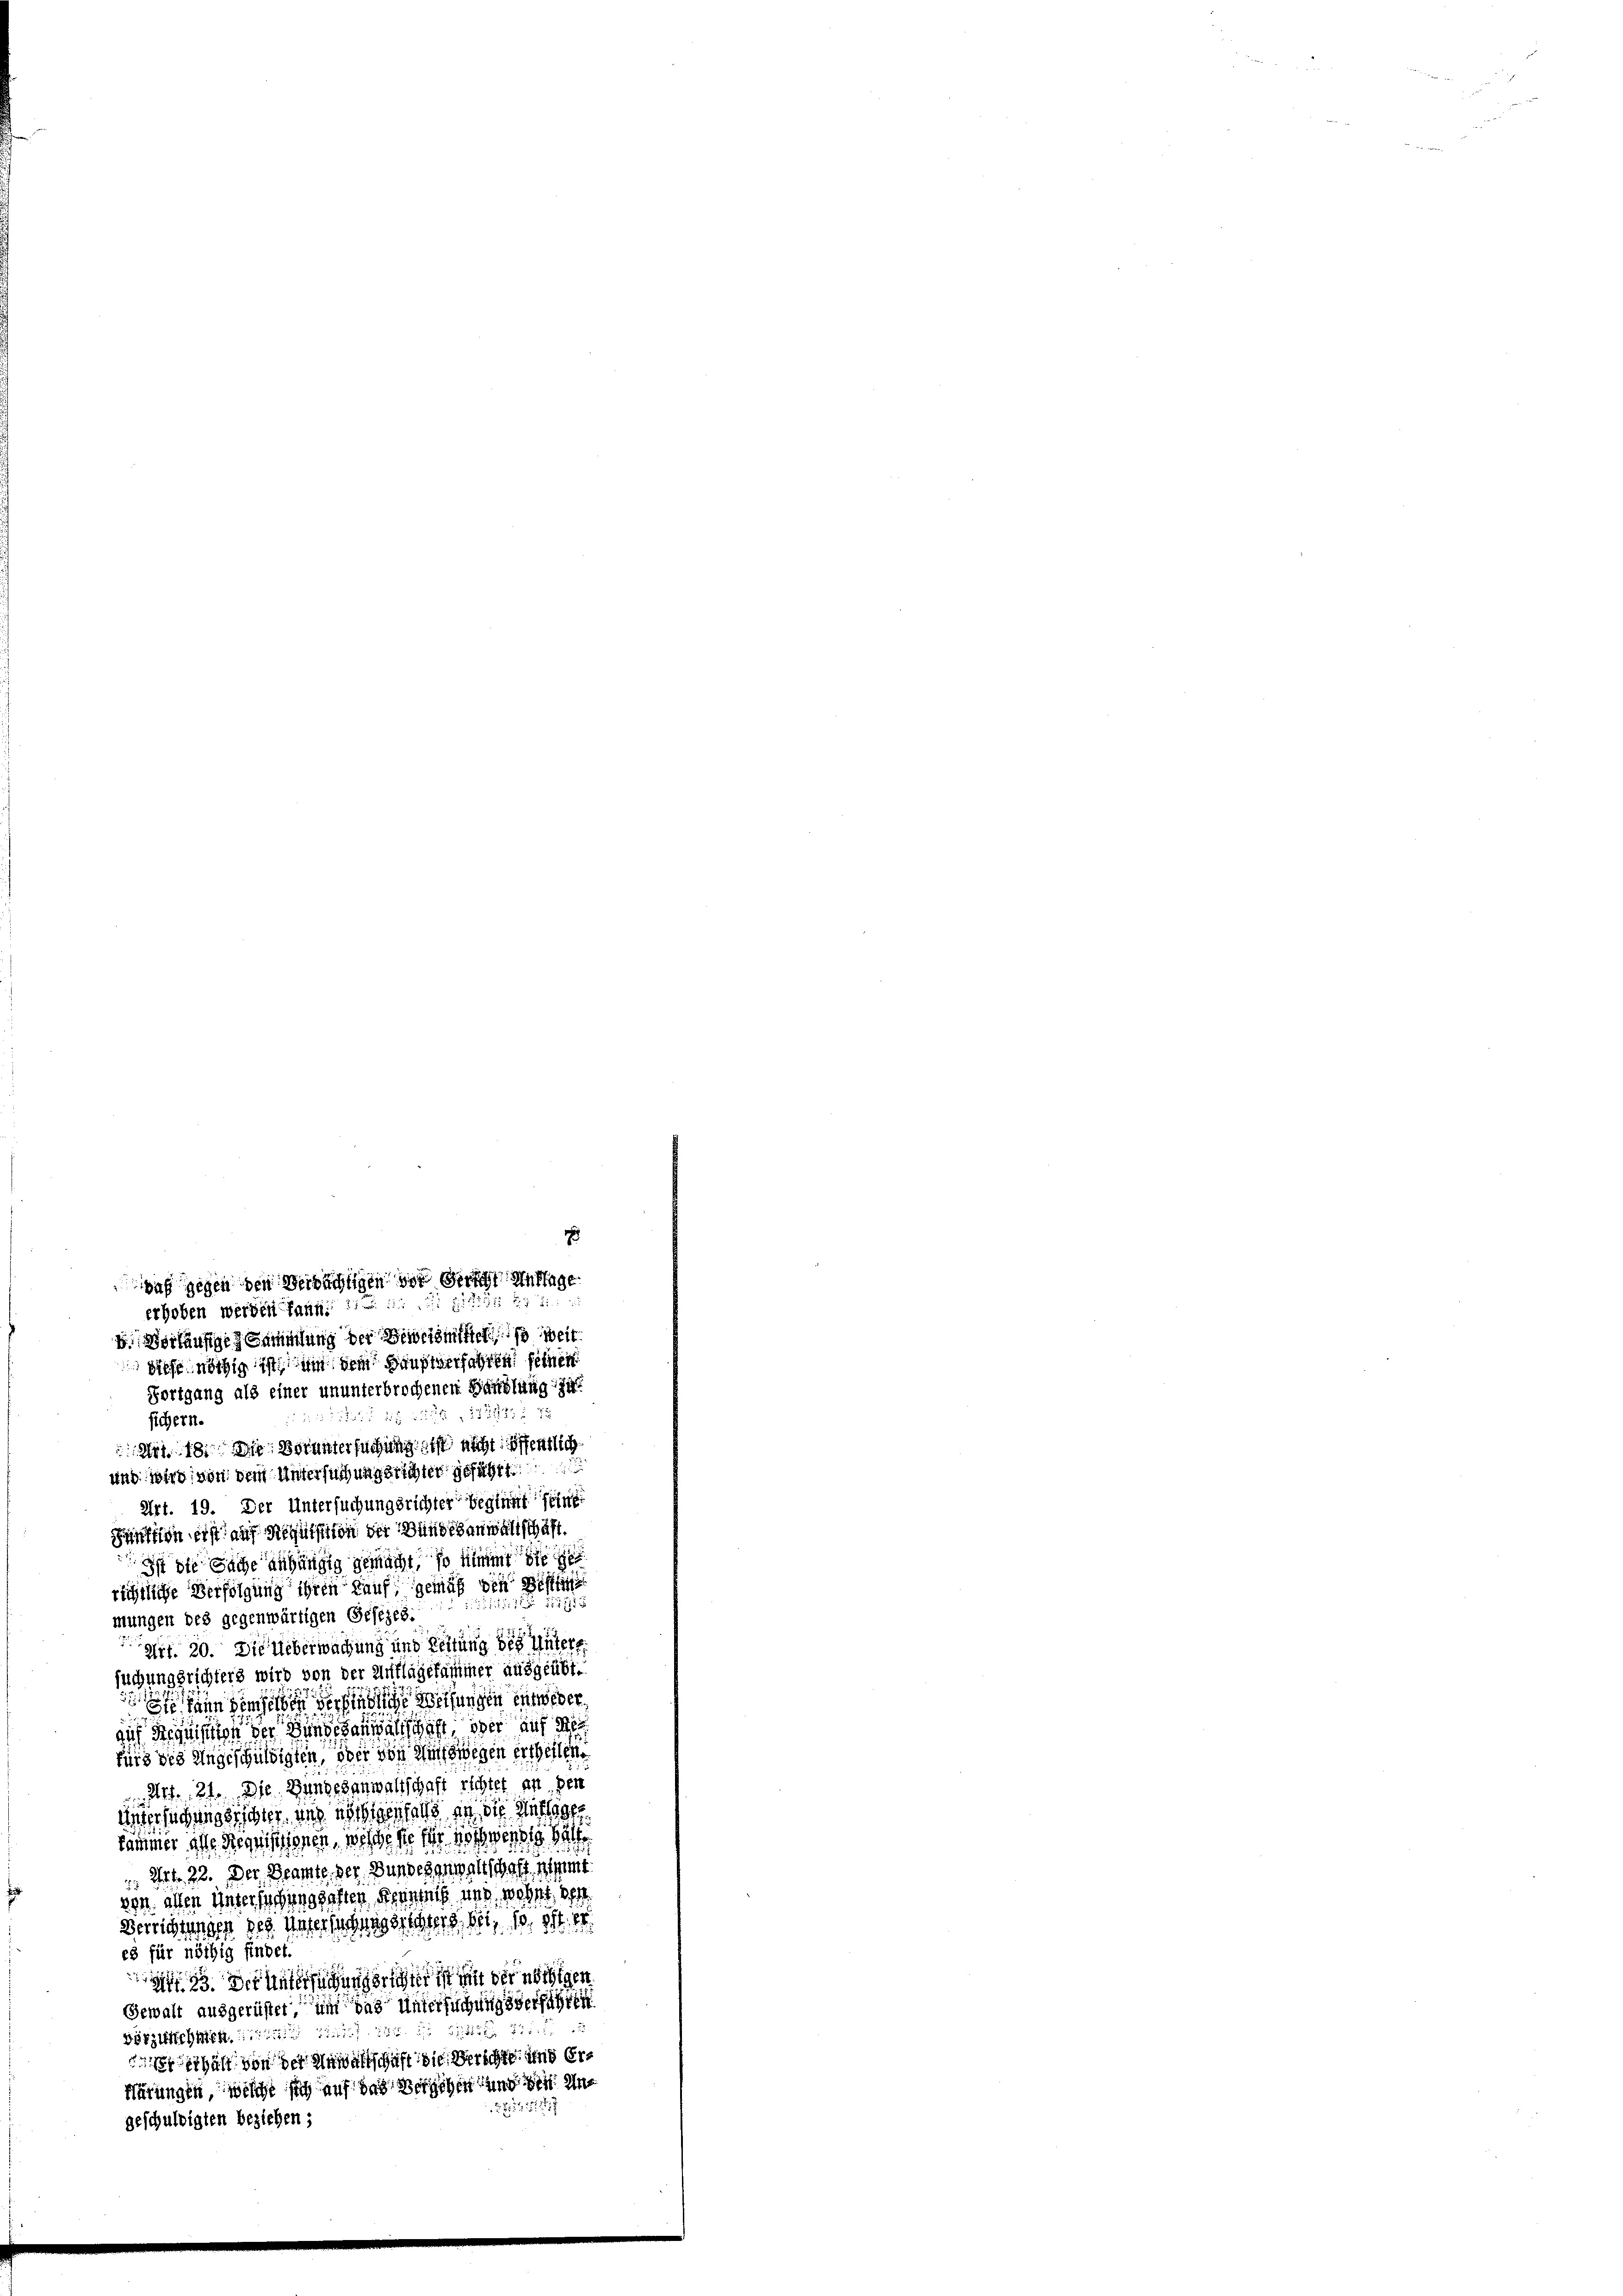
diese nöthig ist um dem Hauptverfahren, seinen
Fortgang als einer ununterbrochenen Handlung zu
t 2 S. 11292. 8
sichern.
Art. 18. Die Voruntersuchung ist nicht öffentlich
und wird, von dem Untersuchung sichter geführt
Art. 19. Der Untersuchungsrichter beginnt seine
Zünften erst auf Requisition der Bundesanwaltschäft.
Ist die Sache anhängig gemacht, so nimmt die ge
richtliche Verfolgung ihren kauf gemäß den Höffte
1 1778
mungen des gegenwärtigen Gesezes:
Art. 20. Die Ueberwachung und Leitung des Untere
suchungsrichters wird von der Antlägskammer ausgeübt.
 in demselben der findliche Weisungen entweder,
auf Requisition der Bundesanwaltschaft, oder auf Mei
fürs des Ungeschuldigten, oder von Amtswegen ertheilen
Art. 21. Die Zungesanwaltschaft richtet an den
Untersuchung erschler, und in diesfalls an die Mittage
kämmer alle Requisitionen, welchere für nothwendig halte
 Art. 22. Der Beamte der Bundesgewaltschaft ant
von oben untersuchenhaften Kenntnis und wehet, der
Verrichtungen des Untersuchung sichters bei, so ist. Er
es für nöthig findet.
n 33. Der Untersuchungsrichter ist mit der nöthigen
Gewalt ausgerüstet, um das untersuchungsverfahren
vorzeichnen. ad 1. die die
erhält von der Anwaltschaft die Verschte und er¬
Hütungen welche sich auf das Berichen und den Un
221551/
geschuldigten beziehen;

1
af gegen den Beibringen vor Gericht Anfrage
erhoben werden kann.
4 Vorläufige Sammlung der Beweismittels weit